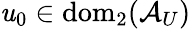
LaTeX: \mathit{u}_{0}\in\mathrm{{dom}}_{2}(\mathcal{{A}}_{U})